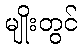
မျိုးတွင်